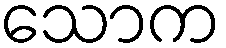
သောက